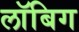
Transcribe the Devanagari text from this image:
लॉबिग